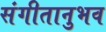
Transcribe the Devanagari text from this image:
संगीतानुभव